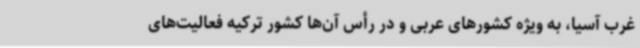
غرب آسیا، به ویژه کشورهای عربی و در رأس آن‌ها کشور ترکیه فعالیت‌های